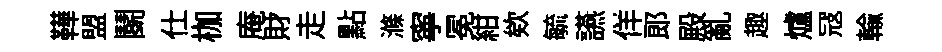
鞾盟鬬仕枷庵財走點滌寧冕紺欸毓讌佯郞殿亂趣爐冦輸